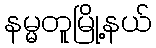
နမ္မတူမြို့နယ်